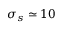
\sigma _ { s } \simeq 1 0